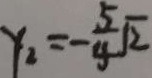
x _ { 2 } = - \frac { 5 } { 4 } \sqrt { 2 }